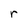
Character: r